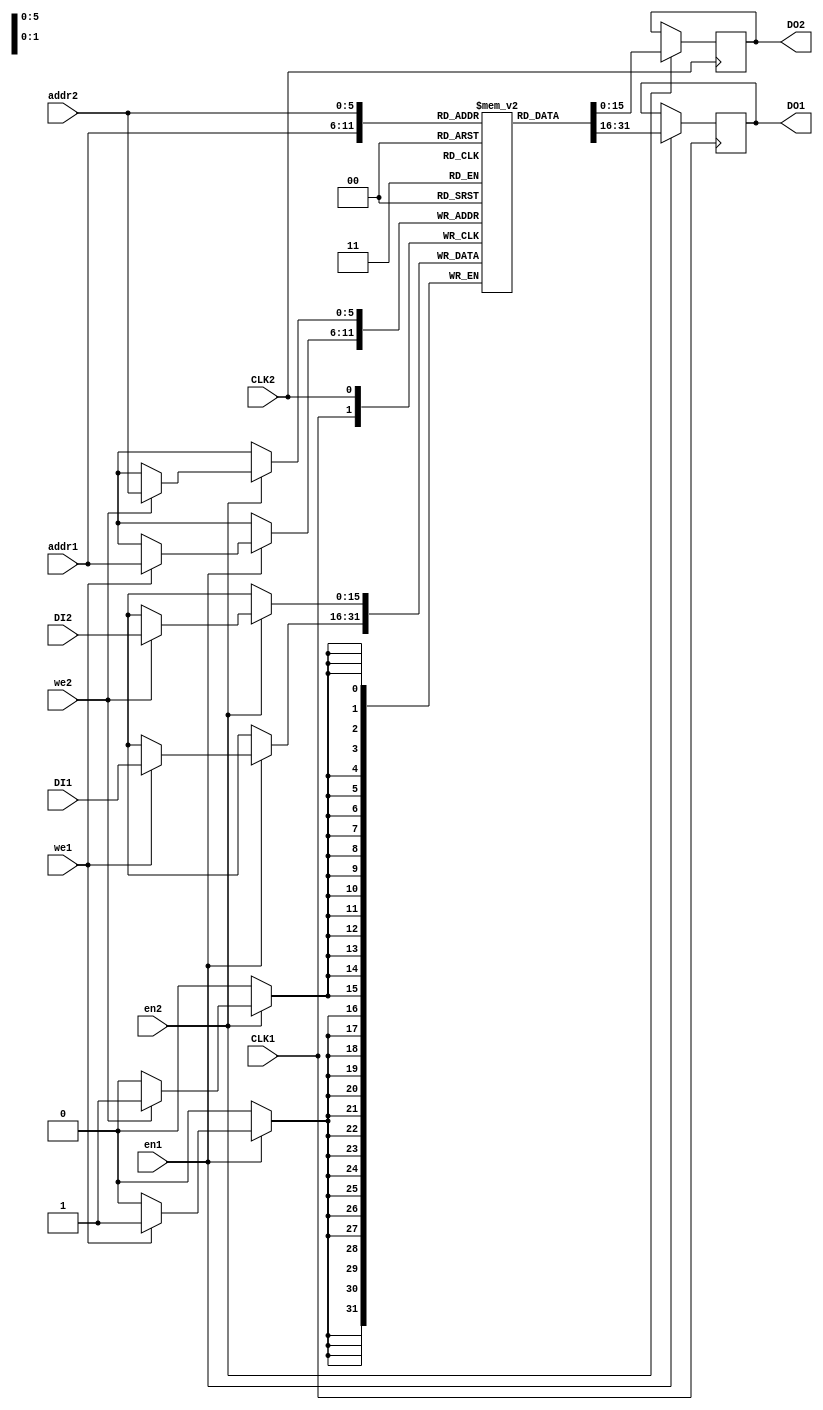
module dualPort_blockRAM_2writePorts(
    input CLK1,
    input CLK2,
    input en1,
    input en2,
    input we1,
    input we2,
    input [5:0] addr1,
    input [5:0] addr2,
    input [15:0] DI1,
    input [15:0] DI2,
    output [15:0] DO1,
    output [15:0] DO2
    );
	 
	 reg [15:0] RAM [63:0];
	 reg [15:0] DO1, DO2;
	 
	 always @ (posedge CLK1) begin
		if (en1) begin
			if (we1)
				RAM[addr1] <= DI1;
			DO1 <= RAM[addr1];   //Read First
		end
	 end
	 
	 always @ (posedge CLK2) begin
		if (en2) begin
			if (we2)
				RAM[addr2] <= DI2;
			DO2 <= RAM[addr2];
		end
	 end

endmodule